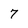
Character: 7